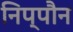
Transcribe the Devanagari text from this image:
निप्पौन